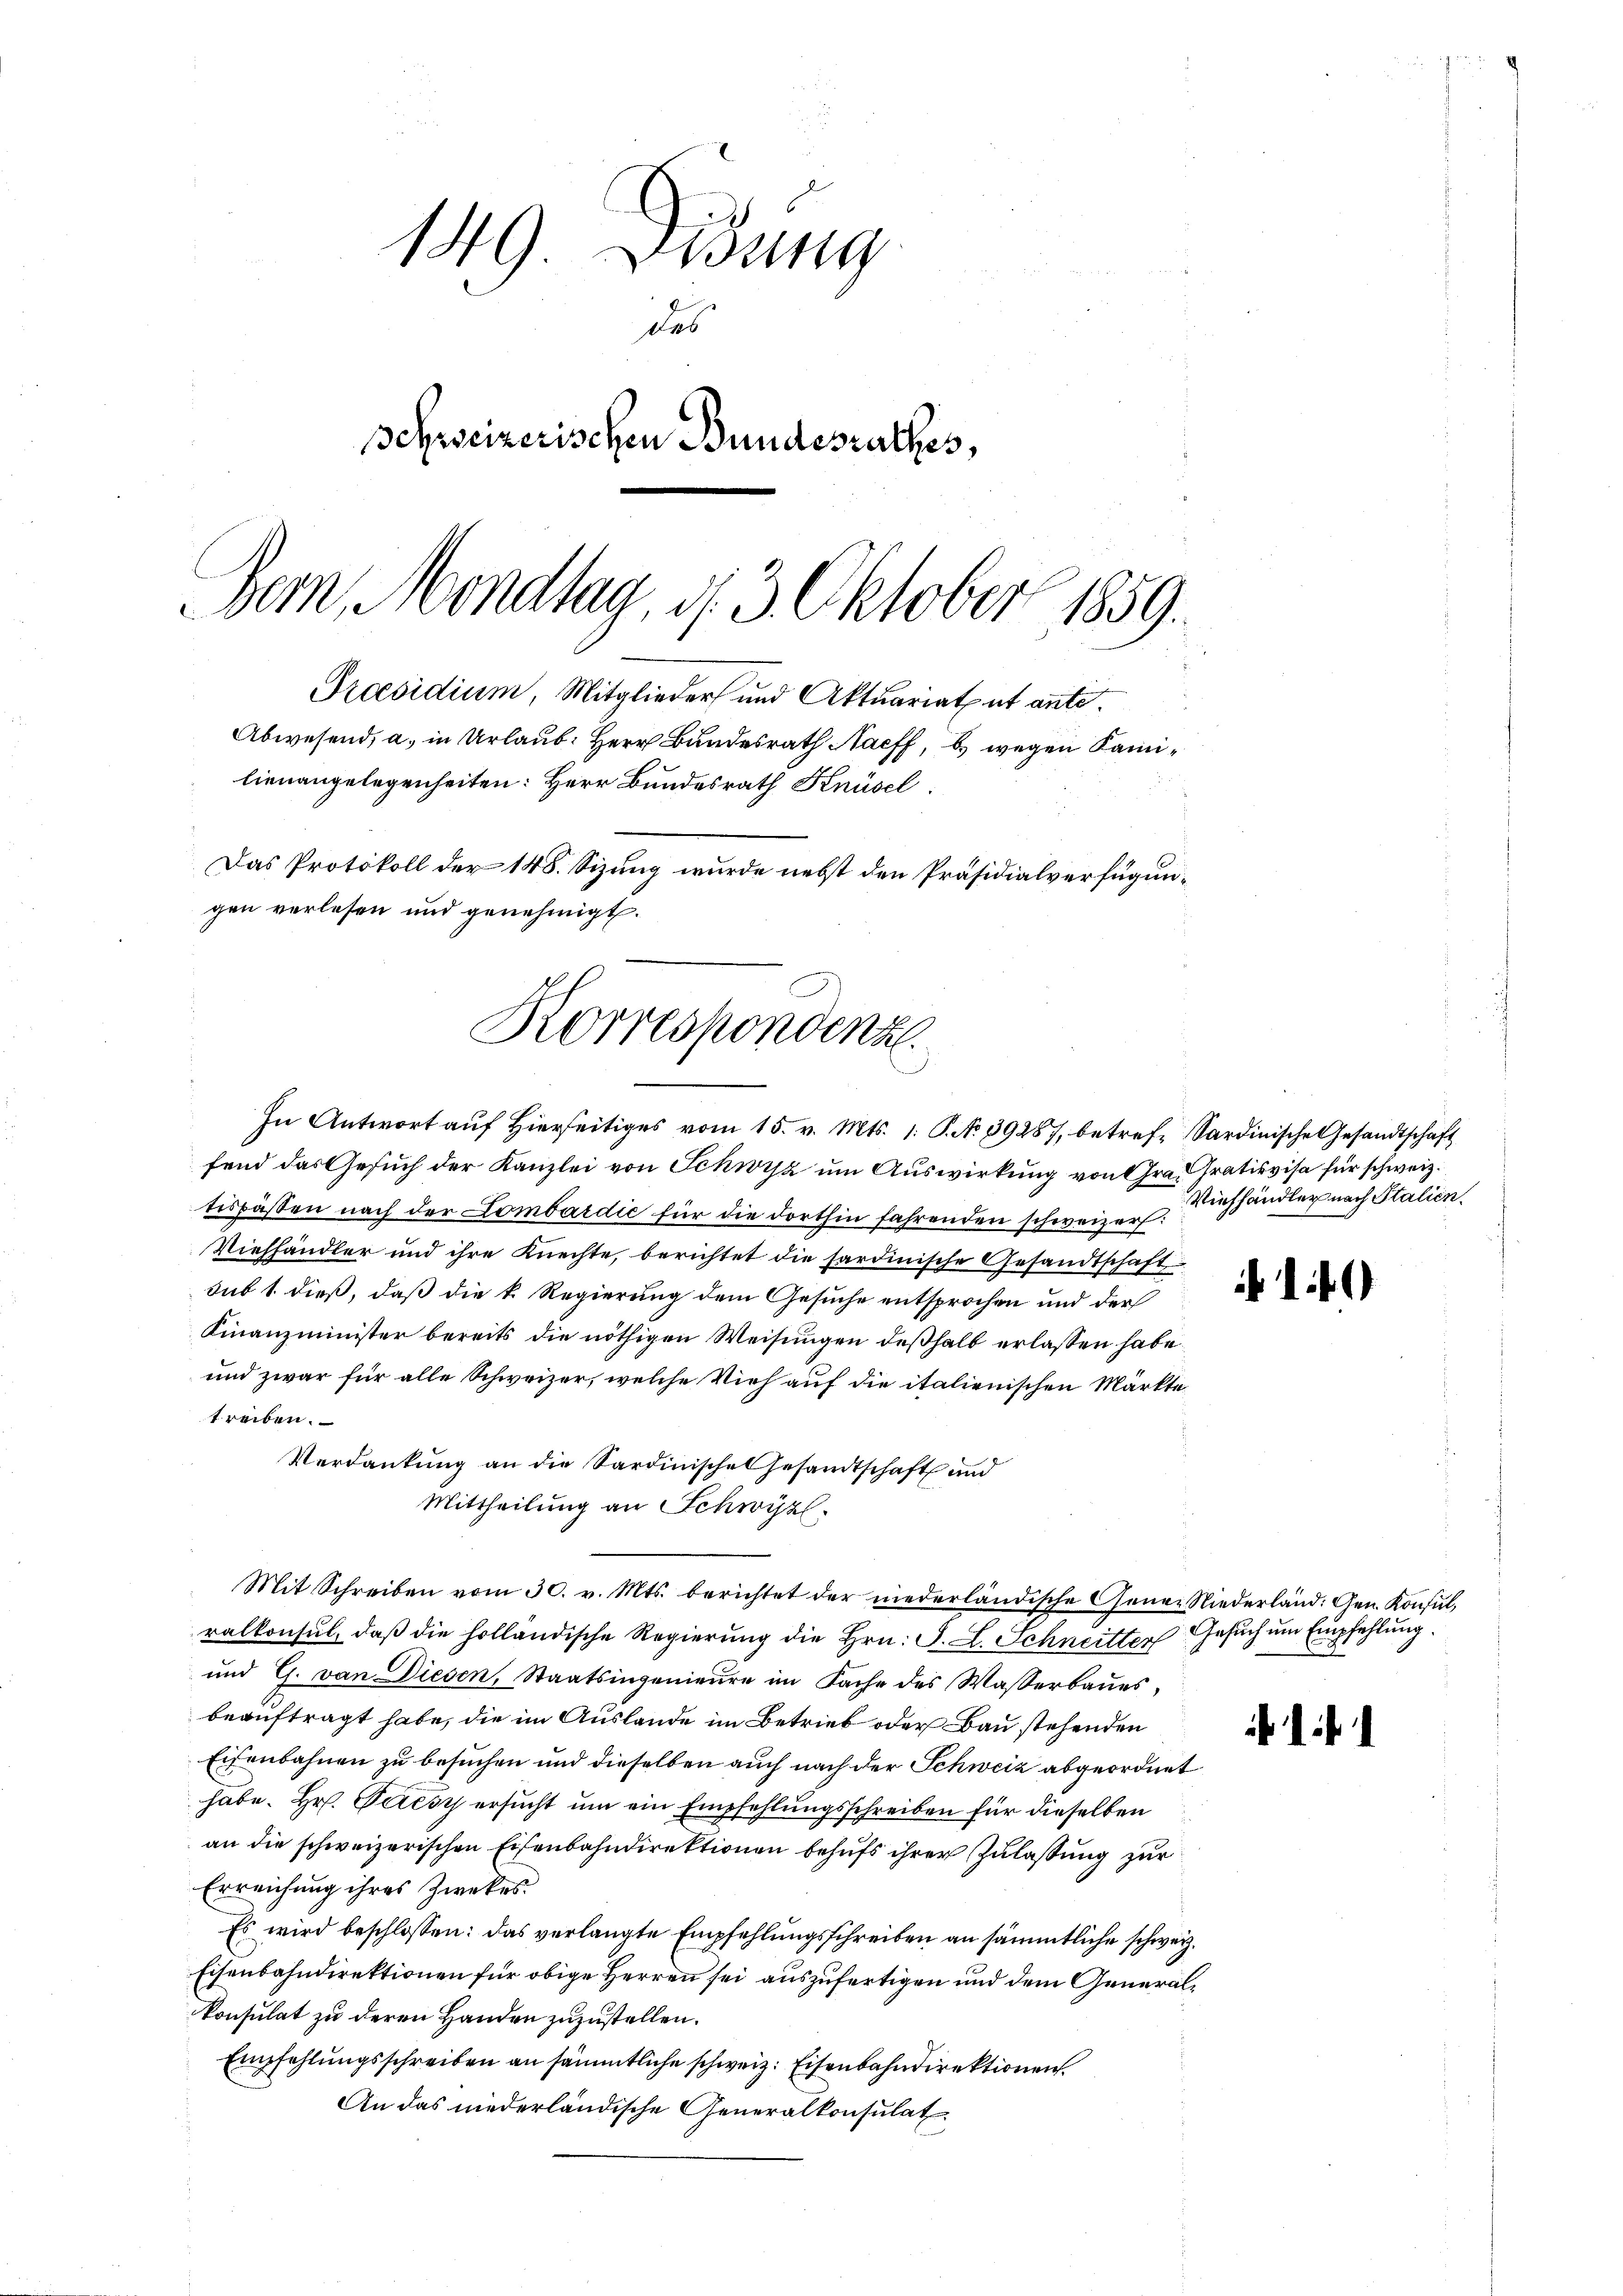
149 Didung
des
Schreizerischen Bundesrathes,
Dem Mondtag. 113. Oktober 1859.
Praesidium, Mitglieder und Aktuariatut ante.
Abwesend, a. in Urlaub. Herr Bundesrath Naeff, b) wegen Kamilienangelegenheiten: Herr Bundesrath Knüsel
Das Protokoll der 148. Sizung wurde nebst den Präsidialverfügungen verlesen und genehmigt.

fend das Gesuch der Kanzlei von Schwyz um Auswirkung von Grad rativisa für schweiz.
tespäßen nach der Lombardic für die dorthin fahrenden schweizert:
Viehhändler und ihre Knechte, berichtet die sardinische Gesandtschaft
sub 1 dieß, daß die k. Regierung dem Gesuche entsprochen und der
Finanzminister bereits die nöthigen Weisungen deßhalb erlassen habe.
und zwar für alle Schweizer, welche Vieh auf die italienischen Märkte
treiben.
Verdankung an die Sardinische Gesandtschaft und
Mittheilung an Schwyzl.
ralkonsul, daß die holländische Regierung die Hrn. F. L. Schneitter Gesuch um Empfehlung
und G. von Diesen, Staatsingenieure im Fache des Wasserbaues,
beauftragt habe, die im Auslande im Betrieb oder Bau stehenden
Eisenbahnen zu besuchen und dieselben auch nach der Schweiz abgeordnet
habe. Hr. Perèsy ersucht um ein Empfehlungsschreiben für dieselben
an die schweizerischen Eisenbahndirektionen behufs ihrer Zulassung zur
Erreichung ihres Zwekes
Es wird beschlossen: das verlangte Empfehlungsschreiben an sämmtliche schweiz.
Eisenbahndirektionen für obige Herren sei auszufertigen und dem Generalkonsulat zu deren Handen zuzustellen.
Empfehlungsschreiben an sämmtliche schweiz. Eisenbahndirektionen
An das niederländische Generalkonsulat

Korrespondenz
In Antwort aŭf hierseitiges vom 15. v. Mts. 1. P. N. 39287, betref Sardinische Gesandtschaft

Mit Schreiben vom 30. v. Mts. berichtet der niederländische Gener Niederland: Gen. Konsul,

Viehhändler nach Stalien.

14